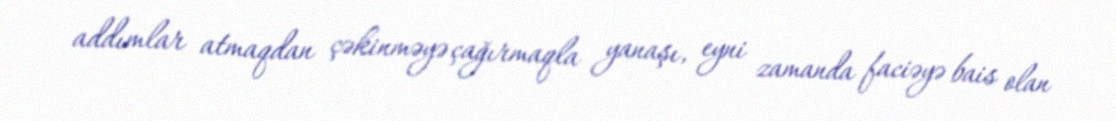
addımlar atmaqdan çəkinməyə çağırmaqla yanaşı, eyni zamanda faciəyə bais olan